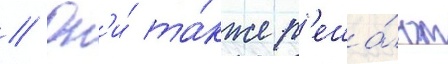
// Он'и́ та́кже р'еша́ют